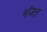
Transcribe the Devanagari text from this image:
भाँजता